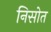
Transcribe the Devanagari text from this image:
निसोत